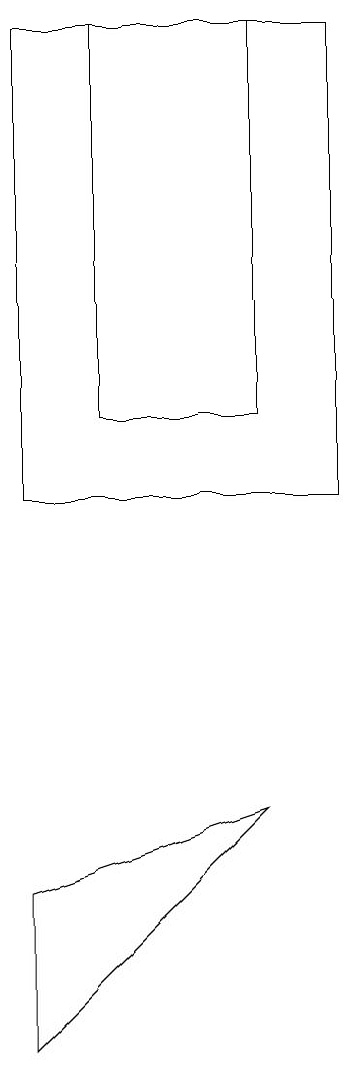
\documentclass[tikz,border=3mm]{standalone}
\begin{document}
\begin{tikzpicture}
\draw (9,11) rectangle (5,17);
\draw (8,17) rectangle (6,12);
\draw (5,4) -- (5,6) -- (8,7) -- cycle;
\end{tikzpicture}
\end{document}